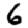
Digit: 6